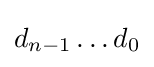
d_{n-1}\ldots d_{0}